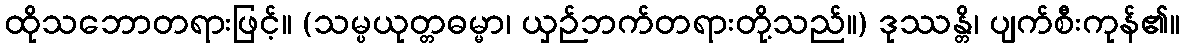
ထိုသဘောတရားဖြင့်။ (သမ္ပယုတ္တဓမ္မာ၊ ယှဉ်ဘက်တရားတို့သည်။) ဒုဿန္တိ၊ ပျက်စီးကုန်၏။